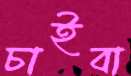
চাইবা